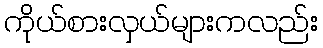
ကိုယ်စားလှယ်များကလည်း